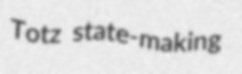
Totz state-making